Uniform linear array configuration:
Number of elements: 32
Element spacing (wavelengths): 0.25
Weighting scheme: hamming
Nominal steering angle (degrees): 45
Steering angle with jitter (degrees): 43.225
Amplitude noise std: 0.05
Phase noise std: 0.05

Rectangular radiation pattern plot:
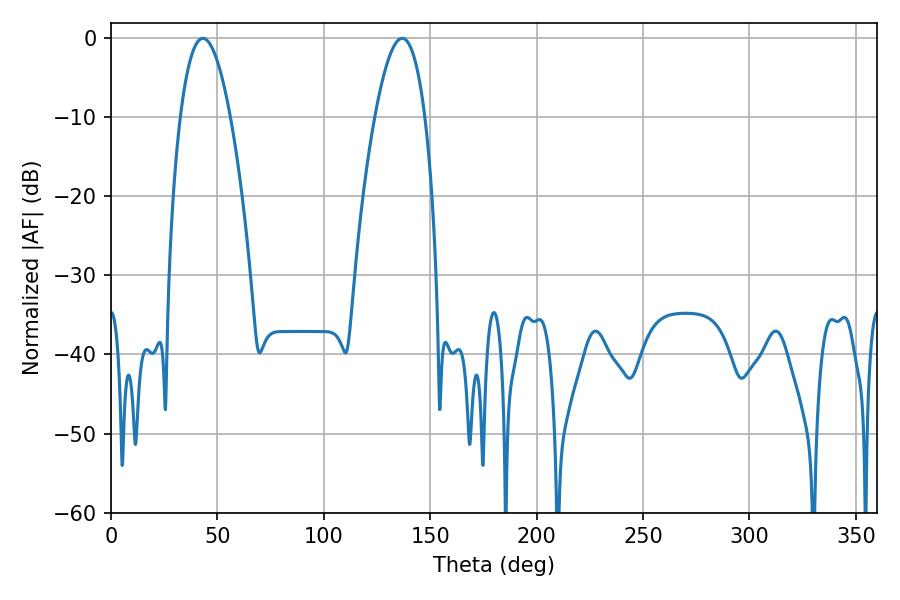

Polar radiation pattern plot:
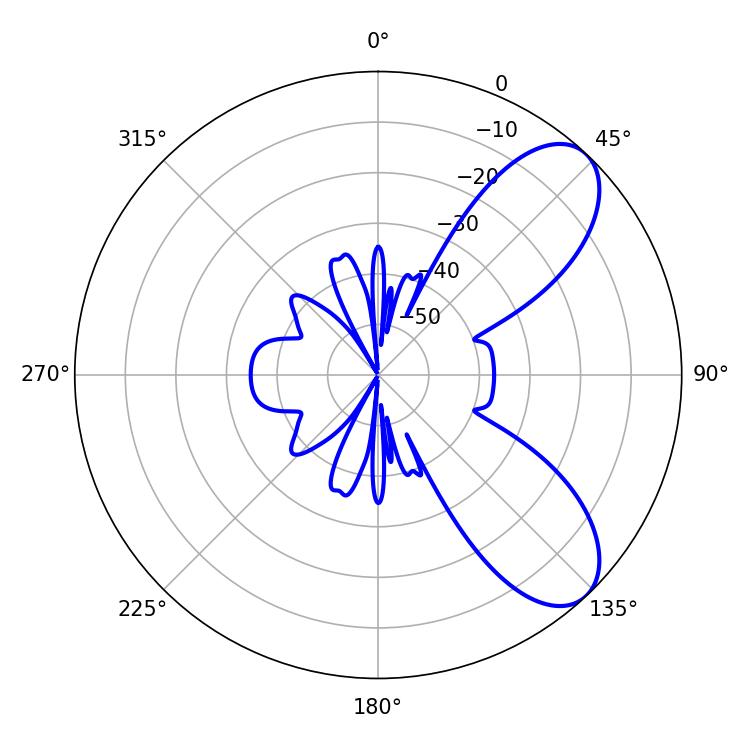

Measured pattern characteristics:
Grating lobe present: FALSE
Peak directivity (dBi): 7.775
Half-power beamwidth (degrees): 12.96
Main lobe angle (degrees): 43.2